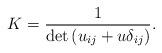
LaTeX: \begin{align*}K=\frac{1}{\det\,(u_{ij}+u\delta_{ij})}.\end{align*}